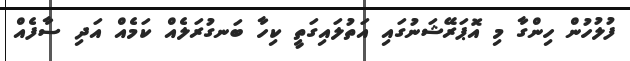
ފުލުހުން ހިންގާ މި އޮޕަރޭޝަނުގައި އަތުލައިގަތީ ކިހާ ބަނގުރަލެއް ކަމެއް އަދި ސާފެއް